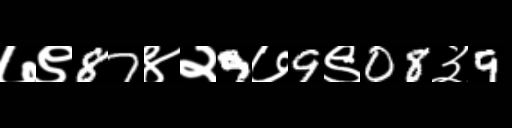
Text: ७९87४२9७9९08३9